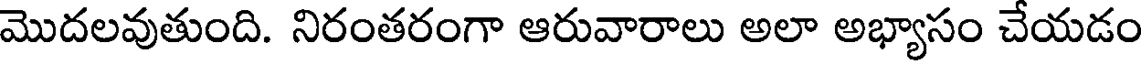
మొదలవుతుంది. నిరంతరంగా ఆరువారాలు అలా అభ్యాసం చేయడం